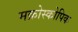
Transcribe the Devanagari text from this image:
मक्रोस्कोपिक